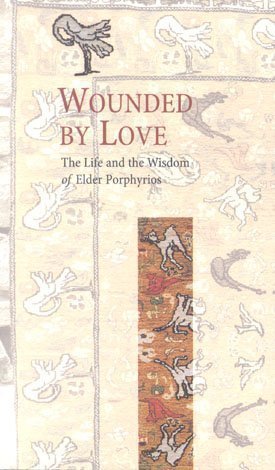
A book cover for Wounded by Love; Elder Porphyrios; Christian Books & Bibles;